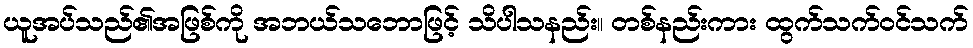
ယူအပ်သည်၏အဖြစ်ကို အဘယ်သဘောဖြင့် သိပါသနည်း။ တစ်နည်းကား ထွက်သက်ဝင်သက်